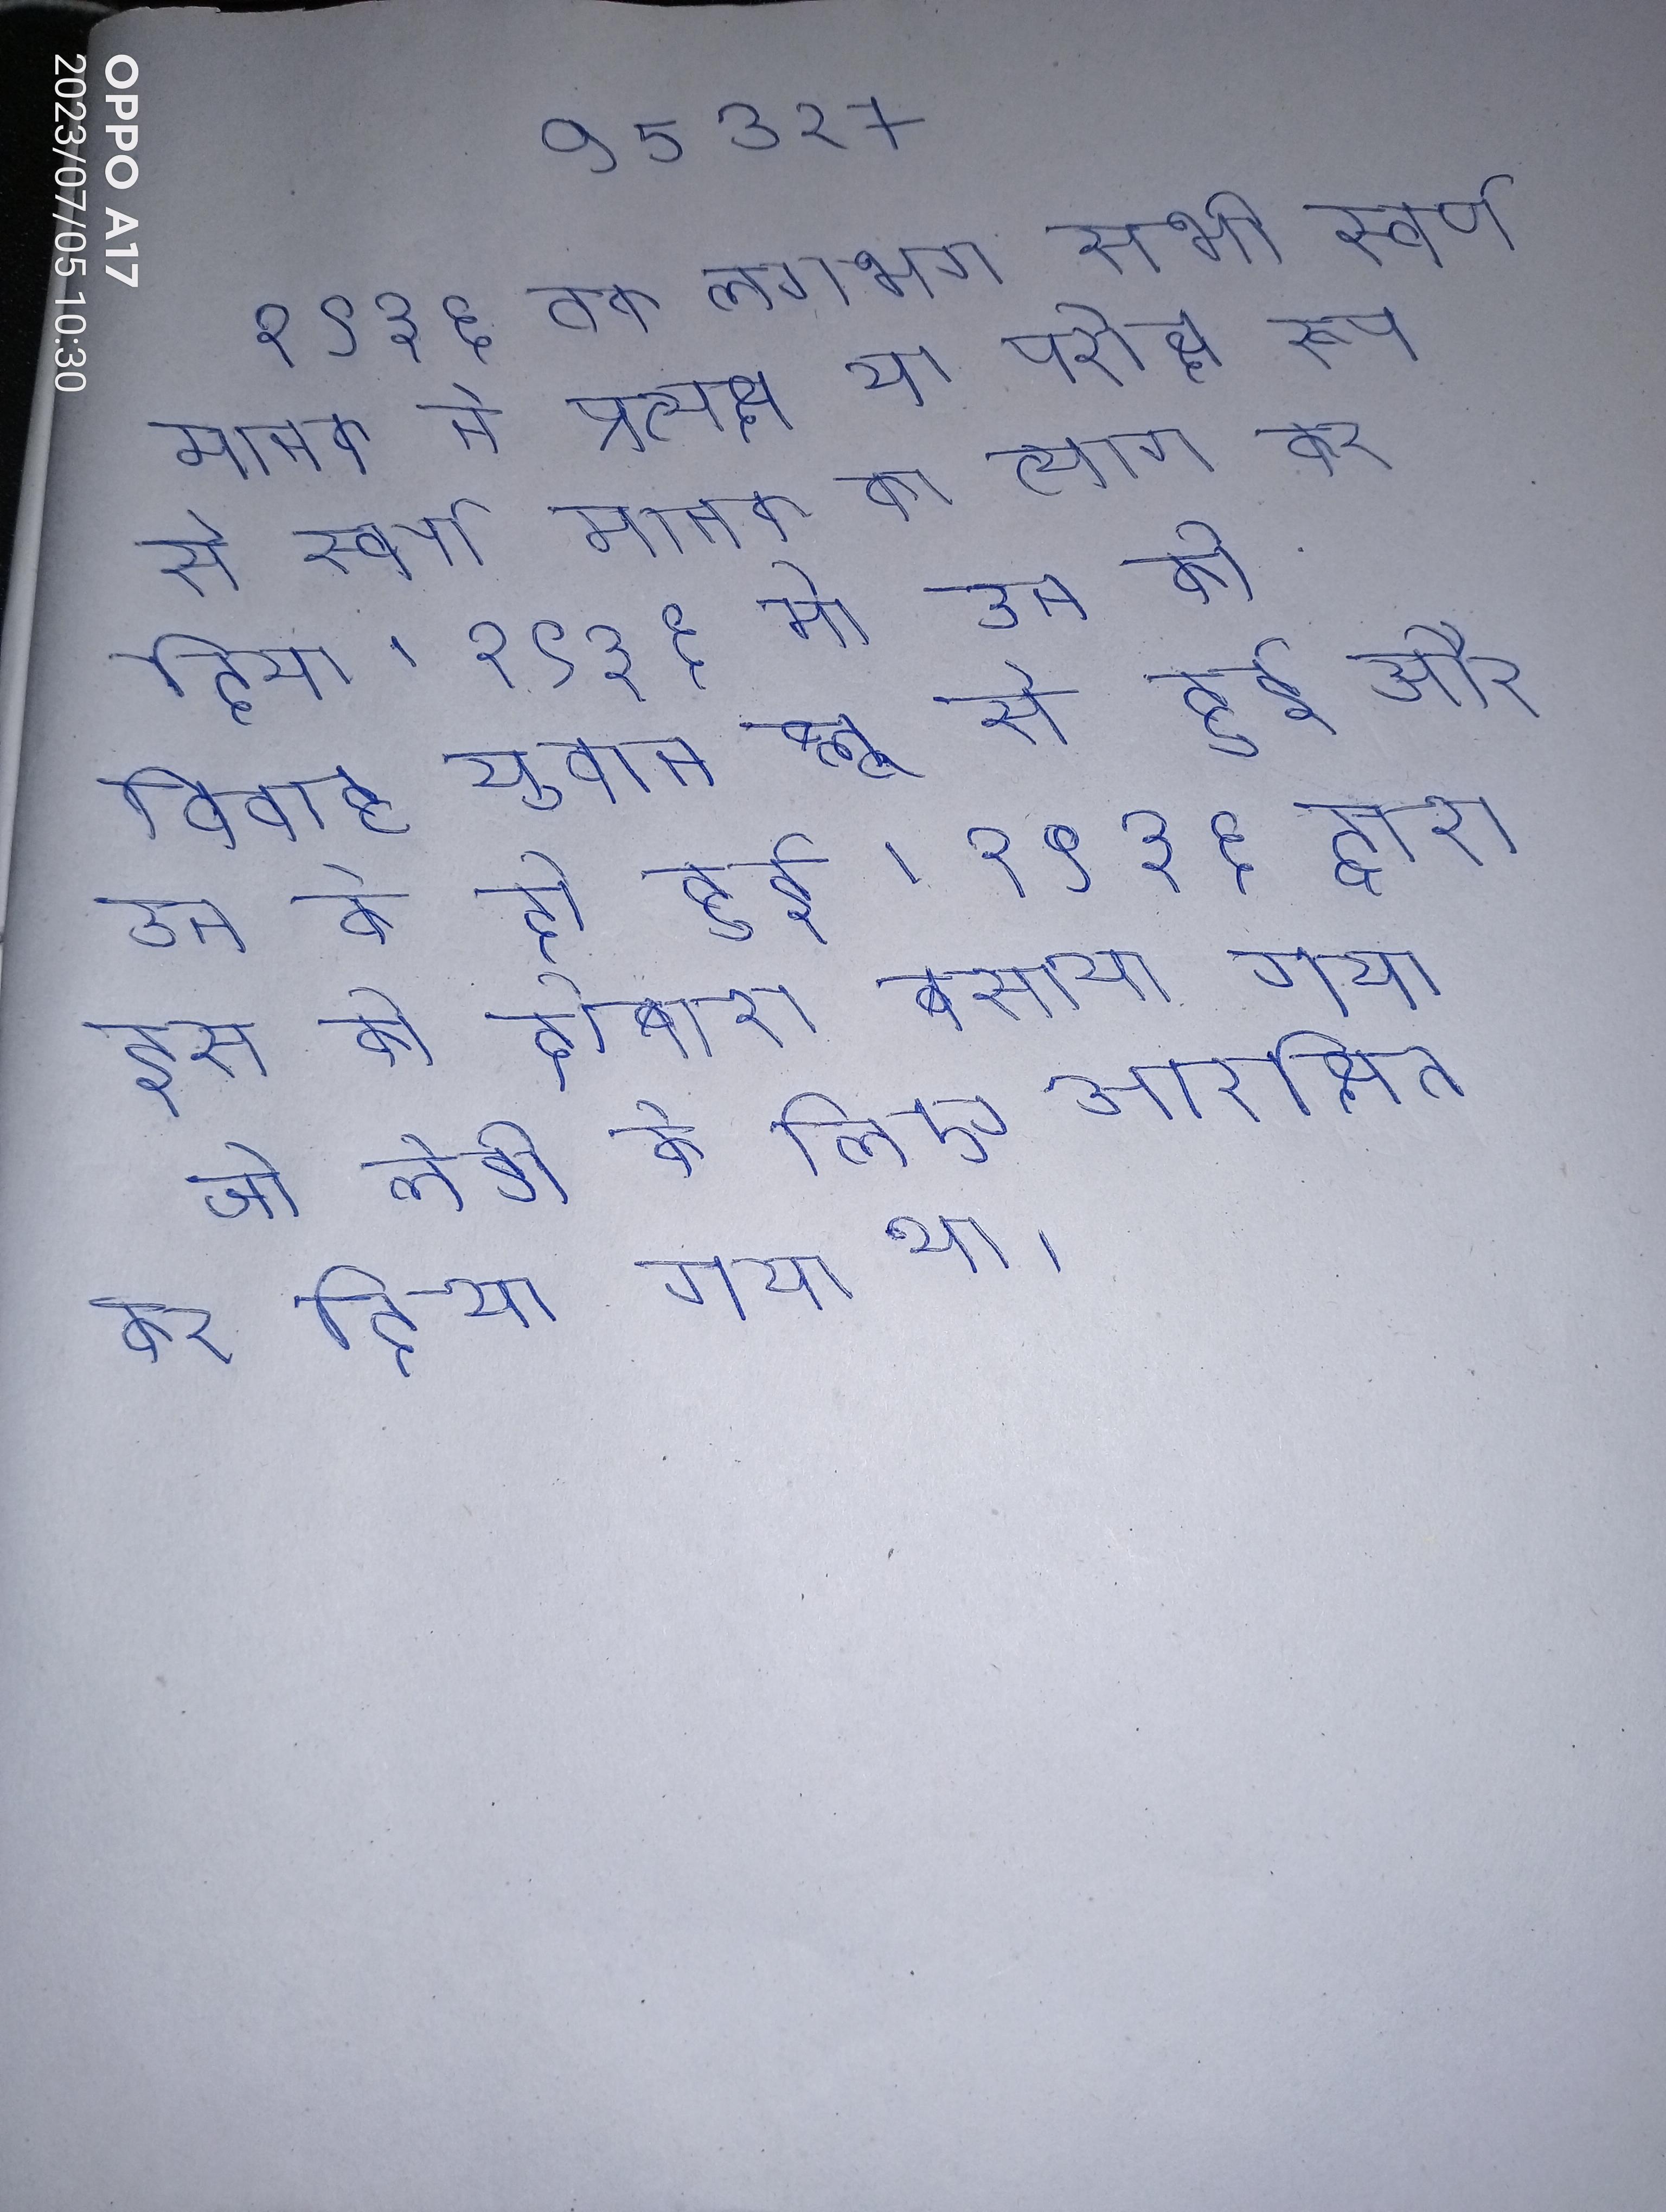
१९३६ तक लगभग सभी स्वर्ण मानक ने प्रत्यक्ष या परोक्ष रूप से स्वर्ण मानक का त्याग कर दिया । १९३६ मे उन की विवाह युवान ब्लू से हुई और उन के दो हुई । १९३६ द्वारा इस को दोबारा बसाया गया जो लेडी के लिए आरक्षित कर दिया गया था ।